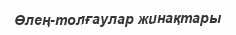
Өлең-толғаулар жинақтары